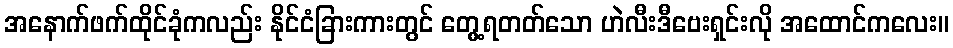
အနောက်ဖက်ထိုင်ခုံကလည်း နိုင်ငံခြားကားတွင် တွေ့ရတတ်သော ဟဲလီးဒီဗေးရှင်းလို အထောင်ကလေး။